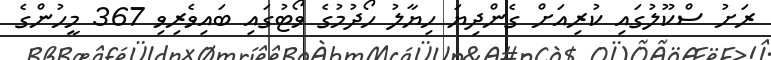
ރަށު ސްކޫލުގައި ކުރިއަށް ގެންދިޔަ ހިޔާލު ހޯދުމުގެ ވޯޓުގައި ބައިވެރިވި 367 މީހުންގެ